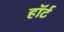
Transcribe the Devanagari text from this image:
हाॅर्ट